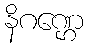
နိဂဏ္ဌေ